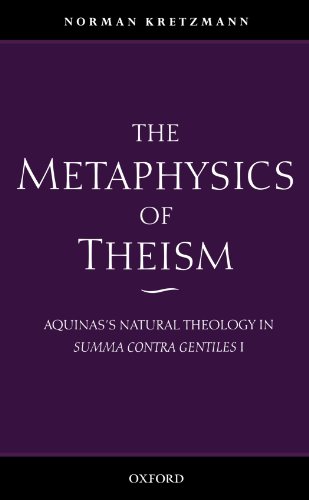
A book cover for The Metaphysics of Theism: Aquinas's Natural Theology in Summa Contra Gentiles I; Norman Kretzmann; Religion & Spirituality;